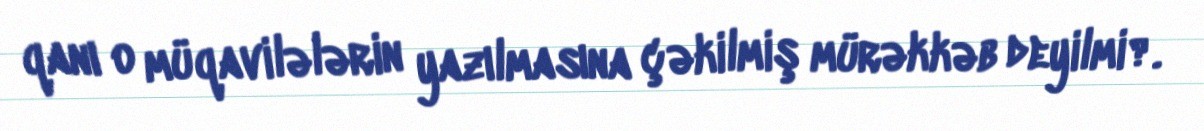
qanı o müqavilələrin yazılmasına çəkilmiş mürəkkəb deyilmi?.